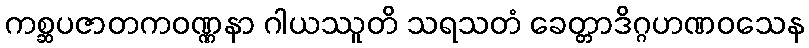
ကစ္ဆပဇာတကဝဏ္ဏနာ ဂါယဿူတိ သရသတံ ခေတ္တာဒိဂ္ဂဟဏဝသေန